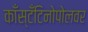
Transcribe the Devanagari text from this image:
काँस्टँटिनोपोलवर